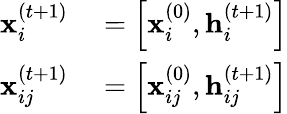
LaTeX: \begin{array}{rl}{\mathbf{x}_{i}^{(t+1)}}&{{}=\left[\mathbf{x}_{i}^{(0)},\mathbf{h}_{i}^{(t+1)}\right]}\\ {\mathbf{x}_{ij}^{(t+1)}}&{{}=\left[\mathbf{x}_{ij}^{(0)},\mathbf{h}_{ij}^{(t+1)}\right]}\end{array}